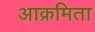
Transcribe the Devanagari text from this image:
आक्रमिता